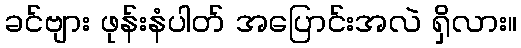
ခင်ဗျား ဖုန်းနံပါတ် အပြောင်းအလဲ ရှိလား။